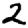
Digit: 2